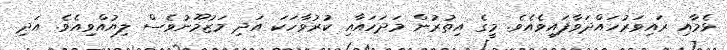
ޅެމާއި ރައިވަރުހައްދަވާފައިވެއެވެ. މީގެ އިތުރުން މަދަހައާއި ކުރުވާހަކަ އަދި މަޒުމޫނުވެސް ލިޔުއްވިއެވެ. އަދި